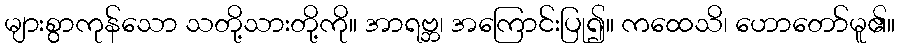
များစွာကုန်သော သတို့သားတို့ကို။ အာရဗ္ဘ၊ အကြောင်းပြု၍။ ကထေသိ၊ ဟောတော်မူ၏။